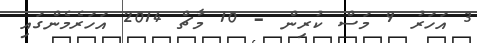
3 އަހަރު 9 މަސް ކުރިން - 10 މާޗް 2014 އަހަރެމެންގައި